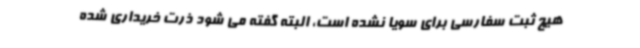
هیچ ثبت سفارسی برای سویا نشده است، البته گفته می شود ذرت خریداری شده